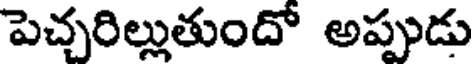
పెచ్చరిల్లుతుందో అప్పుడు